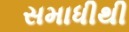
સમાધીથી